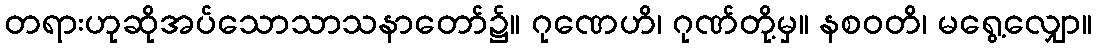
တရားဟုဆိုအပ်သောသာသနာတော်၌။ ဂုဏေဟိ၊ ဂုဏ်တို့မှ။ နစဝတိ၊ မရွေ့လျှော။